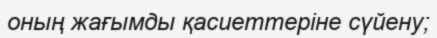
оның жағымды қасиеттеріне сүйену;